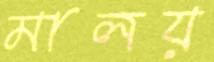
মালয়